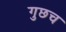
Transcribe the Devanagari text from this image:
गुछच